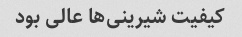
کیفیت شیرینی‌ها عالی بود